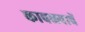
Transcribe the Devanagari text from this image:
कावळ्याचें